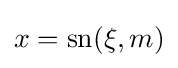
x=\operatorname {sn} (\xi ,m)